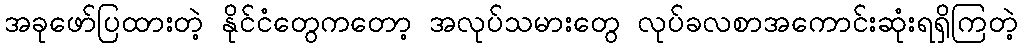
အခုဖော်ပြထားတဲ့ နိုင်ငံတွေကတော့ အလုပ်သမားတွေ လုပ်ခလစာအကောင်းဆုံးရရှိကြတဲ့